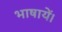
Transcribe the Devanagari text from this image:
भाषायें।